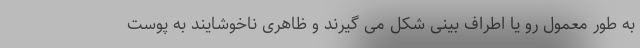
به طور معمول رو یا اطراف بینی شکل می گیرند و ظاهری ناخوشایند به پوست